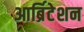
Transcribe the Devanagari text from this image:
आर्ब्रिटेशन